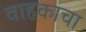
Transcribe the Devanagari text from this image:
वाहकाचा